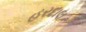
હરદાલ